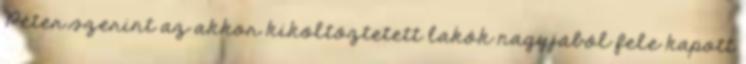
Péter szerint az akkor kiköltöztetett lakók nagyjából fele kapott